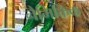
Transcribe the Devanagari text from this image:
नैमिक्तिक